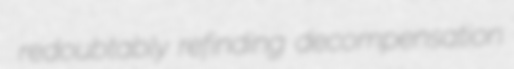
redoubtably refinding decompensation